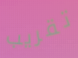
تقريب